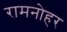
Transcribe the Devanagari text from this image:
रामनोहर